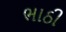
ભાઠી